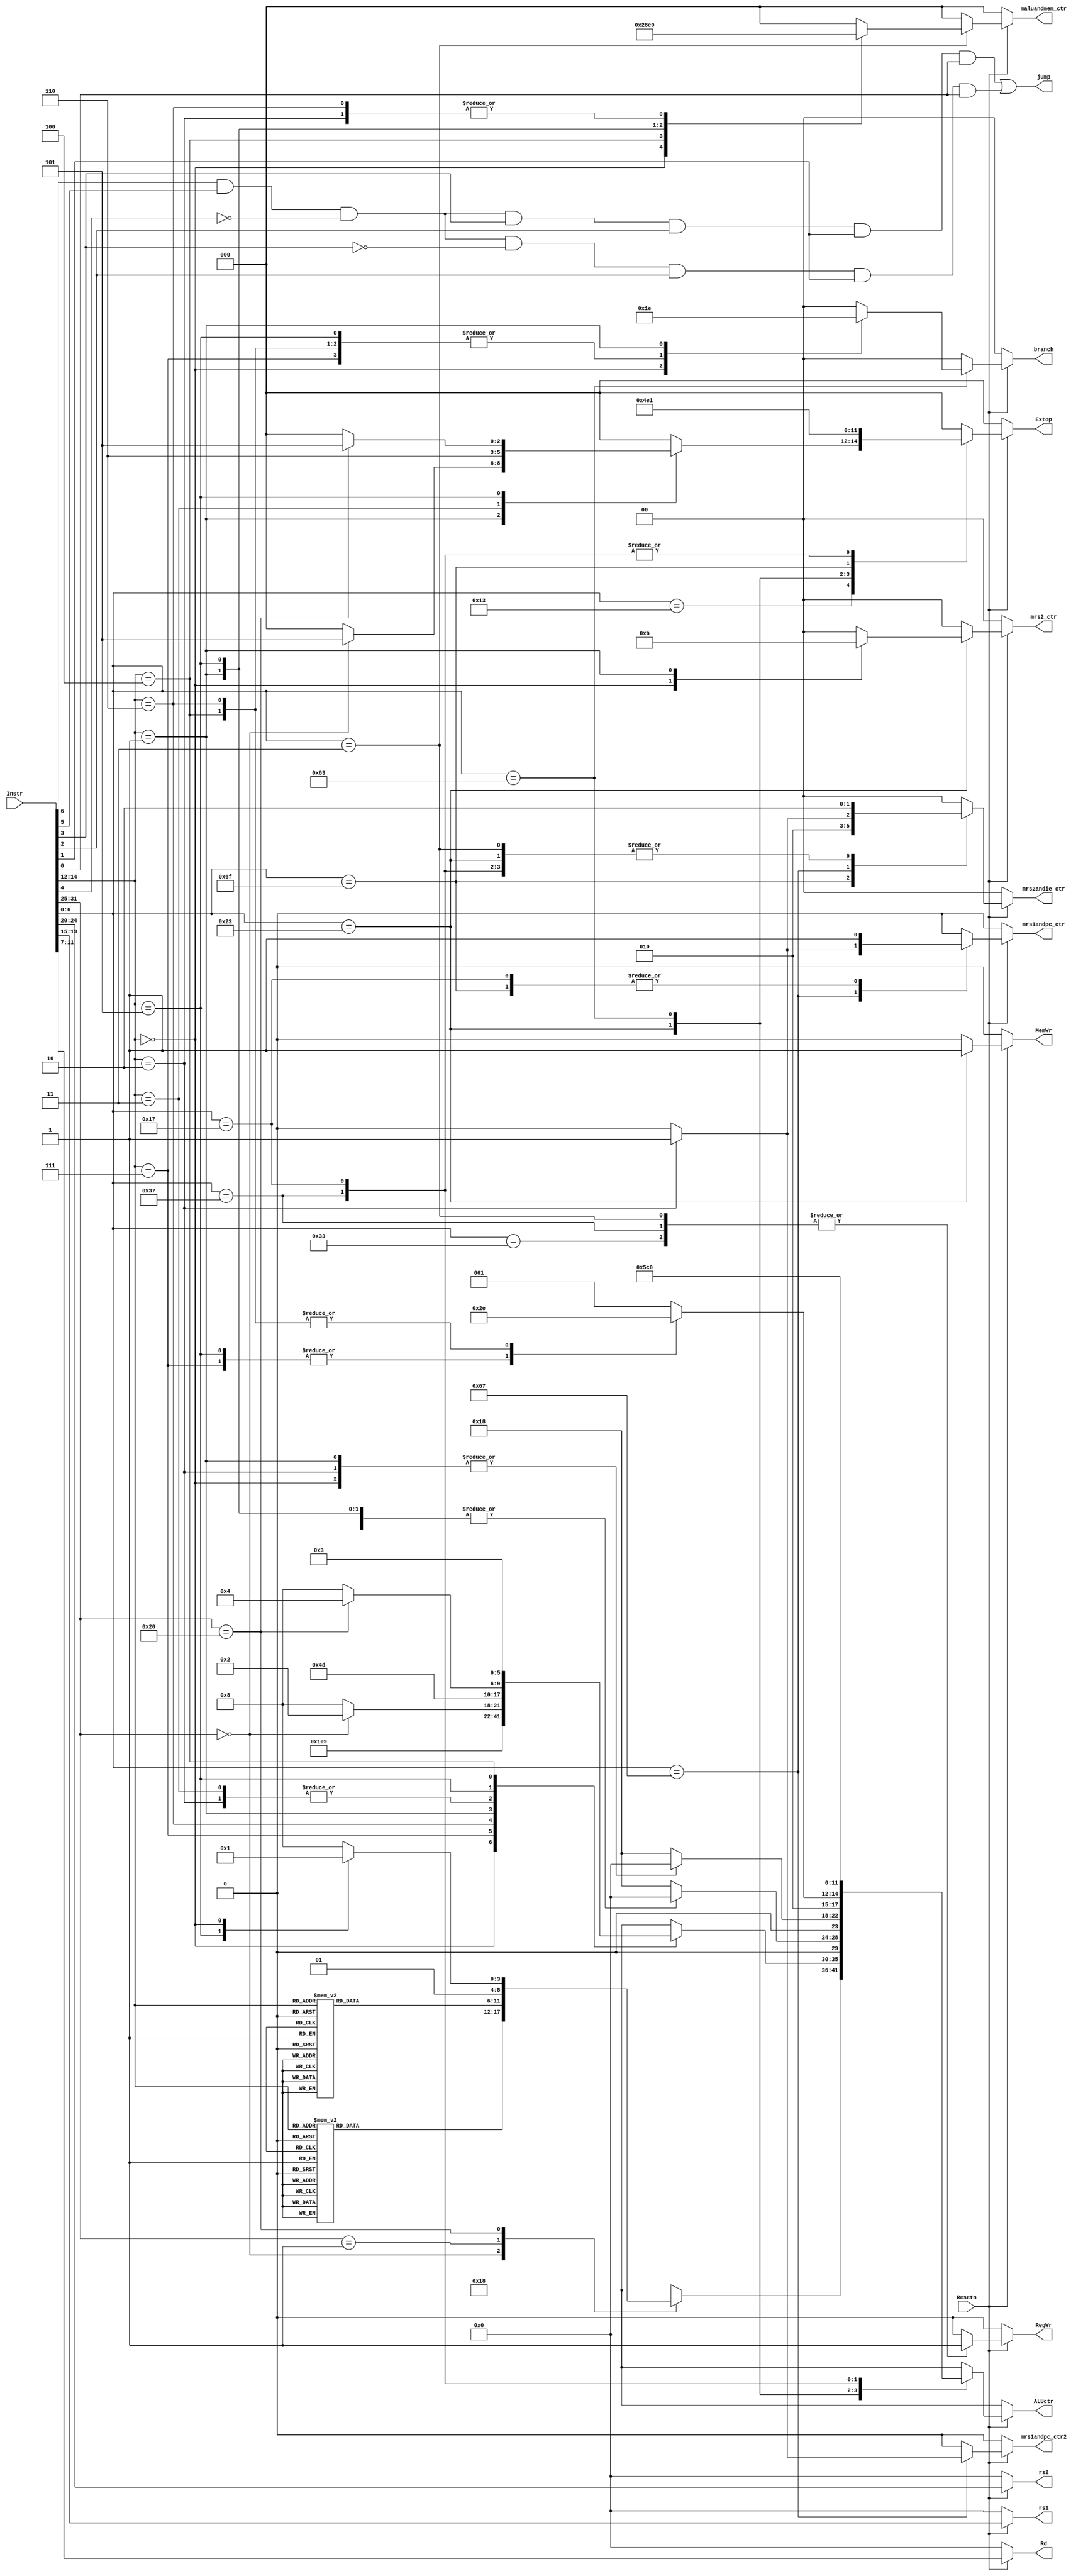
// Instr decode
module ID(
    input Resetn, //reset
    input [31:0] Instr,

    output reg [4:0]  Rd, //writeAddress
    output reg [4:0]  rs1,//rs1,rs2 readaddress
    output reg [4:0]  rs2,
    


    //
    output reg [1:0] branch, //ctr
    output reg jump,//pc
    output reg RegWr,//
    output reg MemWr,//
    

    //
    output reg mrs1andpc_ctr, //rspc->ALU,0-rs1 | 1->pc
    output reg mrs1andpc_ctr2, //-> pc
    output reg [2:0] maluandmem_ctr,//aluMemreg
    output reg [1:0] mrs2andie_ctr,  //rs2imm4ALUALUBSrc
    output reg [1:0] mrs2_ctr, //rs2reg




    output reg [2:0] Extop, //imm
    output reg [5:0]  ALUctr//ALU
    
   

);


wire [6:0] opcode=Instr[6:0];
wire [2:0] fun3=Instr[14:12];
wire [6:0] fun7=Instr[31:25];

always @(*) begin

     /*  */
        jump<=(opcode[6] & opcode[5] & ~opcode[4] & opcode[3] & opcode[2] & opcode[1] & opcode[0]) //1101111 jal
               | (opcode[6] & opcode[5] & ~opcode[4] & ~opcode[3] & opcode[2] & opcode[1] & opcode[0]);  //1100111 jalr Jump and Link Register  I
        Rd<=Instr[11:7];
        rs1<=Instr[19:15];
        rs2<=Instr[24:20];
        RegWr=0;
        MemWr=0;
        branch=2'b00;//
        ALUctr<=6'b011000; //alu
        mrs1andpc_ctr<=0;
        mrs1andpc_ctr2<=0;
        mrs2andie_ctr<=2'b00;
        mrs2_ctr<=2'b00;
        maluandmem_ctr<=3'b000;
        Extop<=3'b000;
    if(~Resetn) begin
        Rd<=0;
        rs1<=0;
        rs2<=0;
    end // 

    else begin
       
        case (opcode)
            7'b0110011: begin //R
                mrs1andpc_ctr<=0;
                mrs1andpc_ctr2<=0;
                mrs2andie_ctr<=2'b00;
                maluandmem_ctr<=3'b000;
                RegWr=1;
                case (fun7)
                    7'b0000000:begin
                        case (fun3)
                            3'b000:begin
                                ALUctr<=6'b000000; //add 
                            end 
                            3'b111:begin
                                ALUctr<=6'b000001; //and
                            end
                            3'b110:begin
                                ALUctr<=6'b000010; //or
                            end
                            3'b100:begin
                                ALUctr<=6'b000011; //xor
                            end
                            3'b101:begin
                                ALUctr<=6'b000100; //srl  shift right logical
                            end
                            3'b001:begin
                                ALUctr<=6'b000101; //sll  shift left logical
                            end
                            3'b010:begin
                                ALUctr<=6'b000110; //slt  set less than 
                            end
                            3'b011:begin
                                ALUctr<=6'b000111; //sltu  set less than u
                            end
                        endcase    
                    end 

                    7'b0000001:begin
                        case (fun3)
                            3'b100:begin
                                ALUctr<=6'b001000;//div
                            end 

                            3'b101:begin
                                ALUctr<=6'b001001; //div unsigned
                            end
                            
                            3'b000:begin
                                ALUctr<=6'b001010; //mul
                            end

                            3'b001:begin
                                ALUctr<=6'b001011; //mulh multi high 
                            end 

                            3'b010:begin
                                ALUctr<=6'b001100; //mulhsu Multiply High Signed-Unsigned
                            end

                            3'b011:begin
                                ALUctr<=6'b001101; //mulhu
                            end

                            3'b110:begin
                                ALUctr<=6'b001110; //rem 
                            end

                            3'b111:begin
                                ALUctr<=6'b001111; //remu
                            end
                        endcase
                    end


                    7'b0100000:begin//R
                        case (fun3)
                            3'b101:begin
                                ALUctr<=6'b010000; //sra shiift righ arith
                            end 

                            3'b000:begin
                                ALUctr<=6'b010001; //sub
                            end
                             
                        endcase
                    end 
                endcase
            end 

            7'b0010011:begin //I
                //imm expend
                //extop Instru      
                mrs1andpc_ctr<=0;
                mrs1andpc_ctr2<=0;
                mrs2andie_ctr<=0;
                maluandmem_ctr<=3'b000;
                case (fun3)
                     3'b000:begin
                        Extop<=3'b000;
                        ALUctr<=6'b000000; //addi  add imme
                     end 

                     3'b111:begin
                        Extop<=3'b000;
                        ALUctr<=6'b000001;  //andi And immediate
                     end

                     3'b110:begin
                        Extop<=3'b000;
                        ALUctr<=6'b000010; //ori   Or immediate
                     end

                     3'b001:begin
                        case (fun7)
                            7'b0000000:begin
                                Extop<=3'b101;
                                ALUctr<=6'b010010; //slli shift left logical imm
                            end      
                        endcase
    
                     end
                     3'b010:begin
                        Extop<=3'b000;
                        ALUctr<=6'b010011; //slti  set less than imm
                     end

                     3'b011:begin
                        Extop<=3'b110;
                        ALUctr<=6'b010011; //sltiu set less than imm u
                     end

                     3'b101:begin
                        case (fun7)
                            7'b0100000:begin
                                Extop<=3'b101;
                                ALUctr<=6'b010100; //srai      shift right arith imm                                
                            end 
                        endcase
                     end

                     3'b100:begin
                        Extop<=3'b000;
                        ALUctr<=6'b000011;
                     end    
                endcase
            end

             //I
            7'b0000011:begin
                mrs1andpc_ctr<=0; //rs1
                mrs2andie_ctr<=2'b10;// 
                RegWr=1'b1;

                case (fun3)
                    3'b000:begin  // byte
                        Extop<=3'b000;
                        ALUctr<=6'b000000; 
                        maluandmem_ctr<=3'b010; //lb load byte
                    end  

                    3'b100:begin // byte
                        Extop<=3'b000;
                        ALUctr<=6'b000000;
                        maluandmem_ctr<=3'b100; //lbu 
                    end

                    3'b001:begin // 
                        Extop<=3'b000;
                        ALUctr<=6'b000000;
                        maluandmem_ctr<=3'b011; //lh loadhalf
                    end

                    3'b101:begin //
                        Extop<=3'b000;
                        ALUctr<=6'b000000;
                        maluandmem_ctr<=3'b101; //lhu 
                    end

                    3'b010:begin // 32
                        Extop<=3'b000;
                        ALUctr<=6'b000000;
                        maluandmem_ctr<=3'b001; //lw load word
                    end

                    3'b110: begin //?
                        Extop <= 3'b000;
                        ALUctr <= 6'b000000;
                        maluandmem_ctr<= 3'b001;                         
                    end
                endcase               
            end


            7'b0100011:begin    //S
                mrs1andpc_ctr<=0;
                mrs2andie_ctr<=2'b10;
                maluandmem_ctr<=3'b000;
                mrs1andpc_ctr2<=0;
                MemWr=1;
                Extop<=3'b010;
                case (fun3)
                    3'b010: begin
                        ALUctr<=6'b000000;
                        mrs2_ctr<=2'b00; //sw  store word
                    end
                    
                    3'b000:begin
                        ALUctr<=6'b000000;
                        mrs2_ctr<=2'b10; //sb store byte  
                    end

                    3'b001:begin
                        ALUctr<=6'b000000; 
                        mrs2_ctr<=2'b11; //sh store half
                    end
                endcase
            end


            7'b1100011:begin    //B
                ALUctr<=6'b010001; //sub
                Extop<=3'b011;
                mrs2andie_ctr<=2'b00;
                case (fun3)
                    3'b000:begin
                        branch=2'b01; //beq branch equal 
                    end 

                    3'b101:begin
                        branch=2'b11;
                        ALUctr<=6'b010101; //bge branch >=
                    end
                    
                    3'b111:begin
                        branch=2'b11;
                        ALUctr<=6'b010101; //bgeu:if (rs1 urs2) pc += sext(offset)
                    end

                    3'b100:begin
                        ALUctr<=6'b010110;
                        branch=2'b11; //blt if(rs1<rs2) pc+=sext(offset)
                        
                    end

                    3'b110:begin
                        ALUctr<=6'b010110;
                        branch=2'b11; //bltu  branch<(u)
                    end

                    3'b001:begin
                        branch=2'b10; //bne  branch !=
                    end
                endcase
            end



            7'b1101111:begin //J-jal  jump and link x[rd]=pc+4 ;pc+=sext(offset)
                Extop<=3'b100; //pc-adder
                mrs2andie_ctr<=2'b01; //alupc4
                mrs1andpc_ctr<=1;//pc
            end


            7'b1100111:begin//jalr I jump and link reg    t=pc+4 ;pc+=(x[rs1]+sext(offset))&-1;x[rd]=t
                case (fun3)
                    3'b010:begin
                        Extop<=3'b000;
                        mrs1andpc_ctr<=1;
                        mrs2andie_ctr<=2'b01;
                        mrs1andpc_ctr2<=1;
                    end 
                endcase
            end

            7'b0110111:begin    //U lui load upper imm
                Extop<=3'b001;
                ALUctr<=6'b010111; //rd=rs2
                mrs2andie_ctr<=2'b10;
                RegWr=1'b1;     
            end

            7'b0010111:begin //U //auipc  add upper imm to pc x[rd] = pc +sext(imm[31:12]<<12)
                Extop<=3'b001;
                ALUctr<=6'b000000;
                mrs1andpc_ctr<=1;
                mrs2andie_ctr<=2'b10; 
            end

        endcase
    end 

end

endmodule